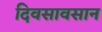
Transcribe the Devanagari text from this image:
दिवसावसान